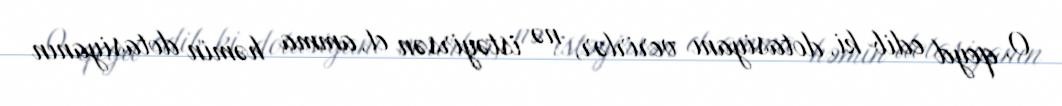
O, qeyd edib ki, dotasiyanı verirlər, nə istəyirsən et, amma həmin dotasiyanın